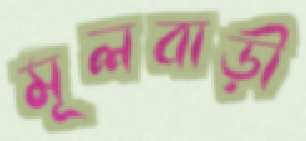
মূলবাড়ী